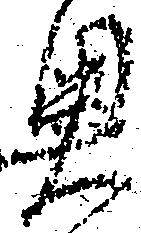
奥